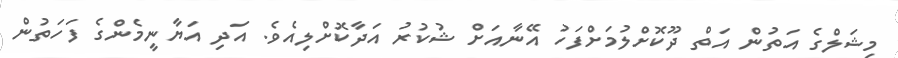
މިޝަލްގެ އަތުން އަތް ދޫކޮށްލުމަށްފަހު އޭނާއަށް ޝުކުރު އަދާކޮށްލިއެވެ. އަދި އަޔާނީމެންގެ ފަހަތުން